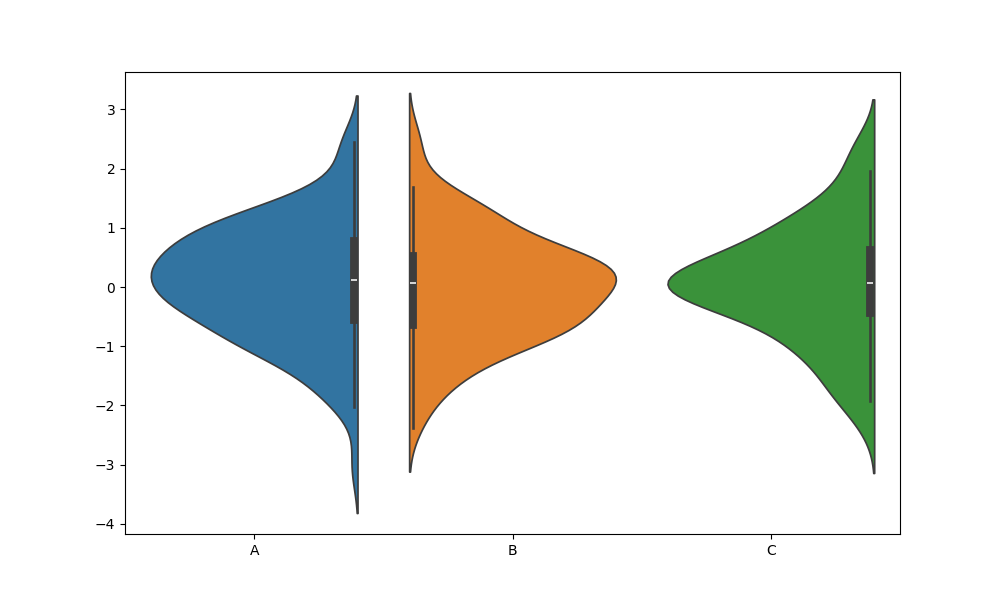
python, seaborn, violinplot, scale='area', split='True', inner='box', fill='True'